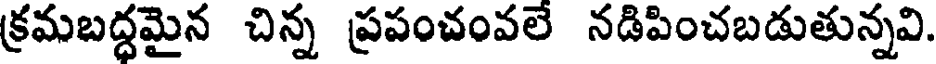
క్రమబద్ధమైన చిన్న ప్రపంచంవలే నడిపించబడుతున్నవి.